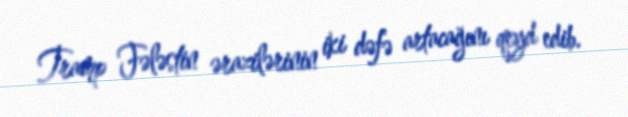
Tramp Fələstin ərazilərinin iki dəfə artacağını qeyd edib.